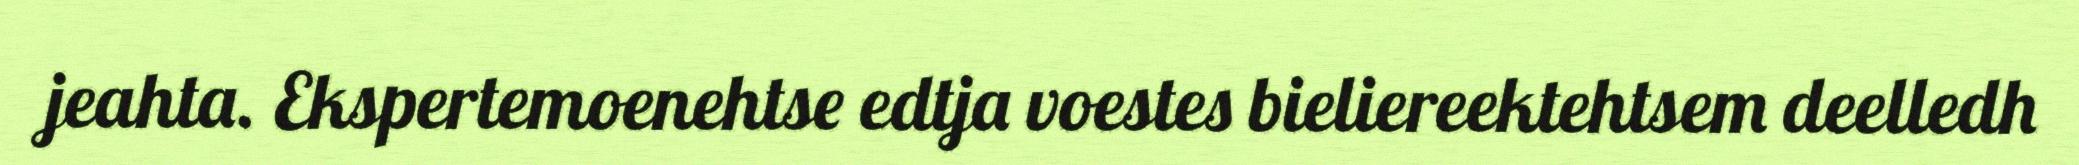
jeahta. Ekspertemoenehtse edtja voestes bieliereektehtsem deelledh